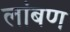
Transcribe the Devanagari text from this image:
लांबण